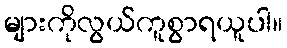
များကိုလွယ်ကူစွာရယူပါ။